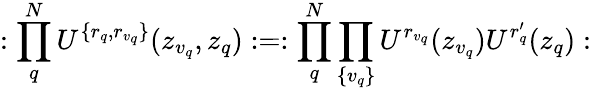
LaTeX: :\prod_{q}^{N}U^{\{ r_{q},r_{v_{q}}\} }(z_{v_{q}},z_{q}):=:\prod_{q}^{N}\prod_{\{ v_{q}\} }U^{r_{v_{q}}}(z_{v_{q}})U^{r_{q}^{\prime}}(z_{q}):